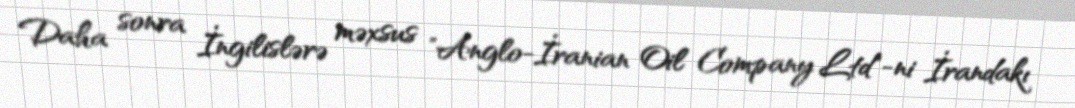
Daha sonra İngilislərə məxsus "Anglo-İranian Oil Company Ltd"-ni İrandakı